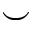
\smile